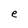
Character: e